Punjab Mental Hospital Lahore 1922-31 - 1922-1931
Year: 1922
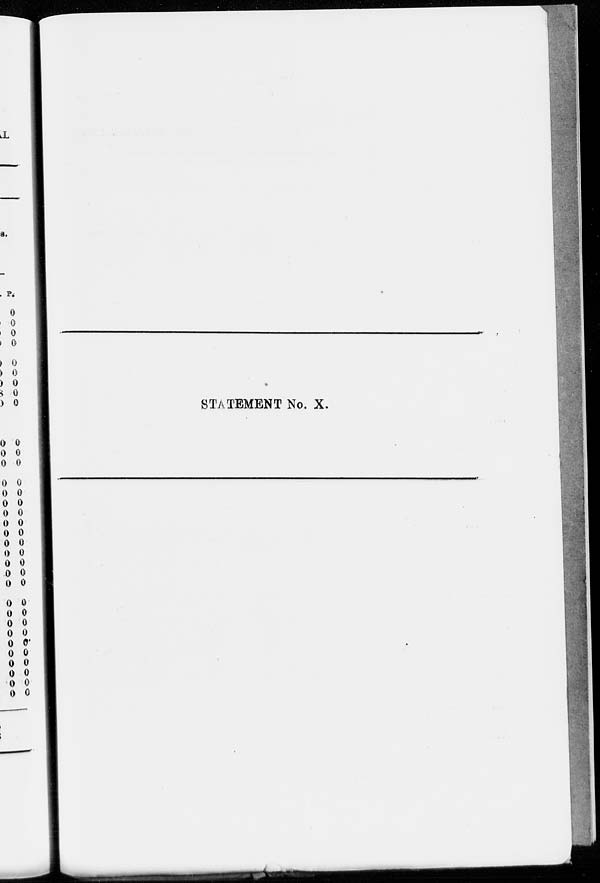
STATEMENT No. X.